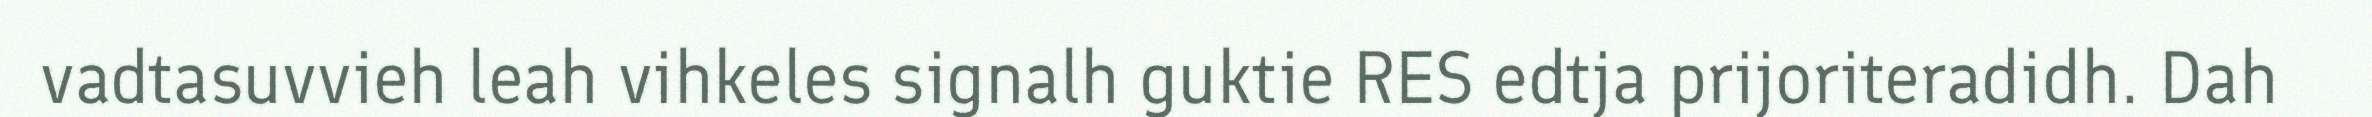
vadtasuvvieh leah vihkeles signalh guktie RES edtja prijoriteradidh. Dah